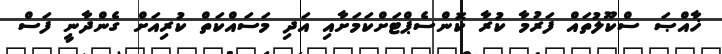
ޚާއްޞަ ސްކޫލުތައް ފަރުމާ ކުރާ ކޮންސެޕްޓަށްކަމަށާއި އަދި މަސައްކަތް ކުރިއަށް ގެންދާނީ ފަސް